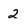
Character: 2